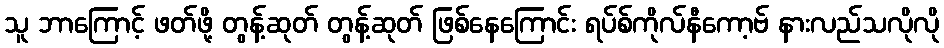
သူ ဘာကြောင့် ဖတ်ဖို့ တွန့်ဆုတ် တွန့်ဆုတ် ဖြစ်နေကြောင်း ရပ်စ်ကိုလ်နီကော့ဗ် နားလည်သလိုလို